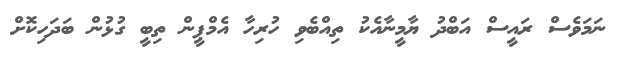
ނަމަވެސް ރައީސް އަބްދު ޔާމީނާއެކު ތިއްބެވި ހުރިހާ އެމްޕީން ތިބީ ގުޅުން ބަދަހިކޮށް